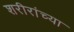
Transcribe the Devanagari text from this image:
शरीरांच्या